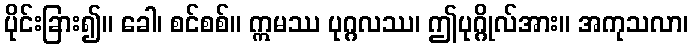
ပိုင်းခြား၍။ ခေါ၊ စင်စစ်။ ဣမဿ ပုဂ္ဂလဿ၊ ဤပုဂ္ဂိုလ်အား။ အကုသလာ၊